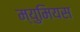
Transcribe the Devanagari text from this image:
म्युमियस